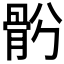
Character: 𩨪